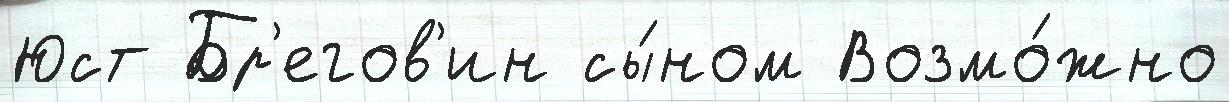
Юст Бр'егов'ин сы́ном Возмо́жно